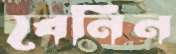
বেনিন